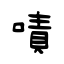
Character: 嘖